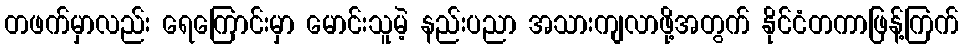
တဖက်မှာလည်း ရေကြောင်းမှာ မောင်းသူမဲ့ နည်းပညာ အသားကျလာဖို့အတွက် နိုင်ငံတကာဖြန့်ကြက်